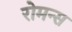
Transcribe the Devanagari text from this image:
रोमन्स